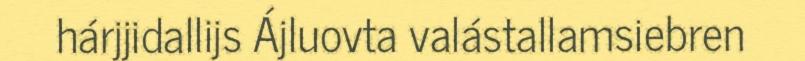
hárjjidallijs Ájluovta valástallamsiebren